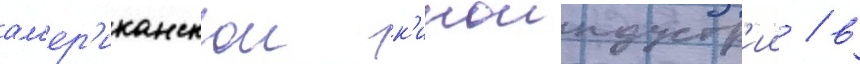
ам'ер'иканскои к'иноиндустр'ии / в